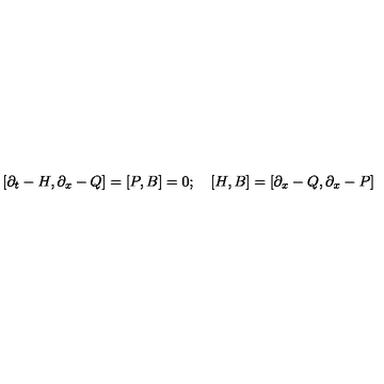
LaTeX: [ \partial _ { t } - H , \partial _ { x } - Q ] = [ P , B ] = 0 ; \quad [ H , B ] = [ \partial _ { x } - Q , \partial _ { x } - P ]